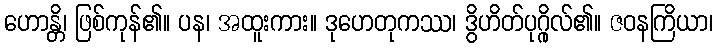
ဟောန္တိ၊ ဖြစ်ကုန်၏။ ပန၊ အထူးကား။ ဒုဟေတုကဿ၊ ဒွိဟိတ်ပုဂ္ဂိုလ်၏။ ဇဝနကြိယာ၊